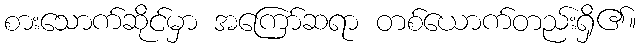
စားသောက်ဆိုင်မှာ အကြော်ဆရာ တစ်ယောက်တည်းရှိ၏။